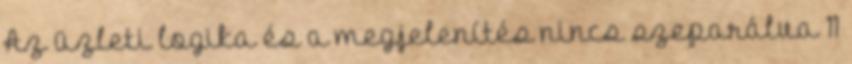
Az üzleti logika és a megjelenítés nincs szeparálva 11